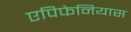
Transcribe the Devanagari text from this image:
एपिफेनियास